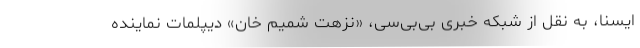
ایسنا، به نقل از شبکه خبری بی‌بی‌سی، «نزهت شمیم خان» دیپلمات نماینده